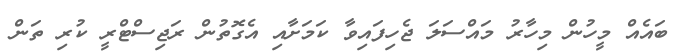
ބައެއް މީހުން މިހާރު މައްސަލަ ޖެހިފައިވާ ކަމަށާއި އެގޮތުން ރަޖިސްޓްރީ ކުރި ތަން